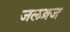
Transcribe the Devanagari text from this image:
जलव्रज